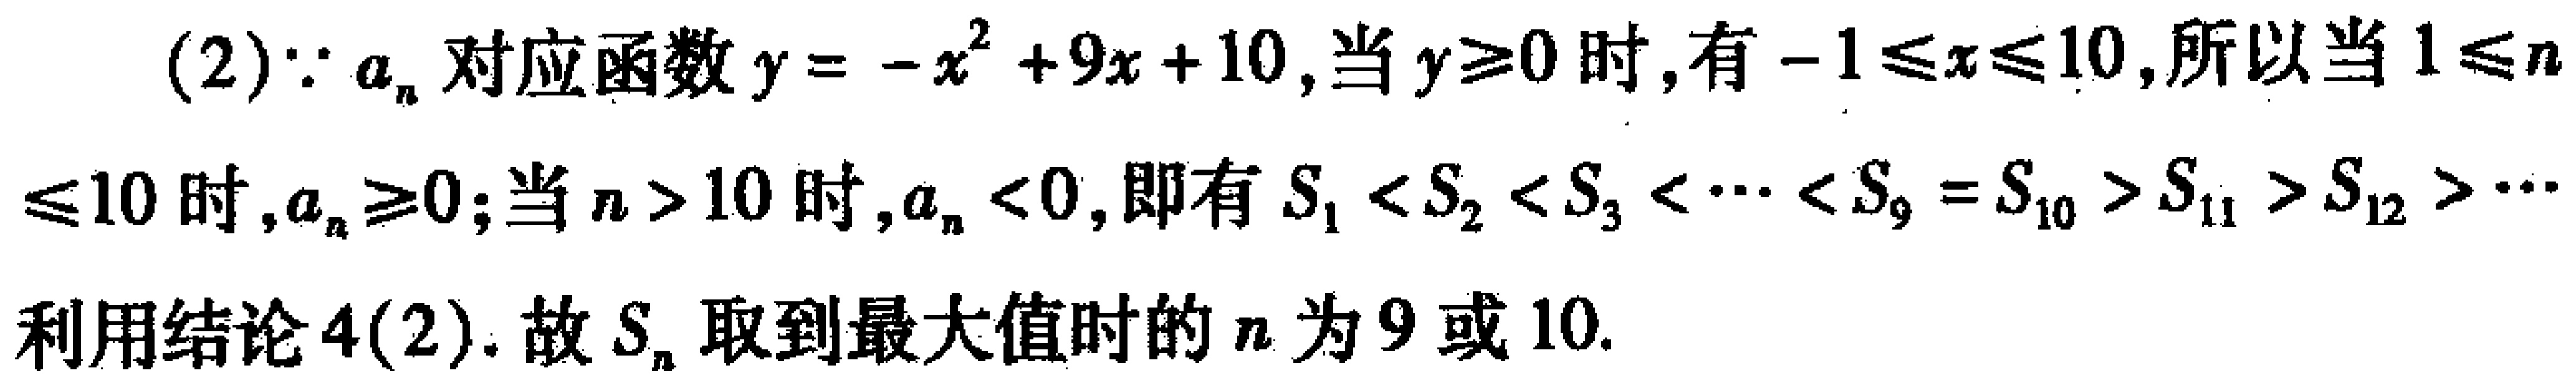
(2)$\because a_{n}$对应函数$y = -x^{2}+9x + 10$,当$y\geq0$时,有$-1\leq x\leq10$,所以当$1\leq n\leq10$时,$a_{n}\geq0$;当$n > 10$时,$a_{n}<0$,即有$S_{1}<S_{2}<S_{3}<\cdots<S_{9}=S_{10}>S_{11}>S_{12}>\cdots$利用结论4(2).故$S_{n}$取到最大值时的$n$为$9$或$10$.